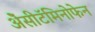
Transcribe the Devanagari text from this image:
ॲेसीटॅमिनोफेन